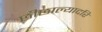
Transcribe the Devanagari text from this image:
छीछाल्यादरि